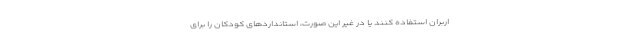
اربران استفاده کنند یا در غیر این صورت، استانداردهای کودکان را برای